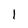
Character: 1